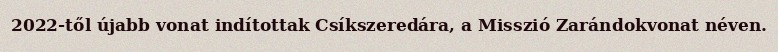
2022-től újabb vonat indítottak Csíkszeredára, a Misszió Zarándokvonat néven.